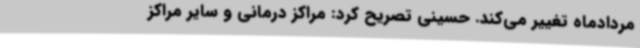
مردادماه تغییر می‌کند. حسینی تصریح کرد: مراکز درمانی و سایر مراکز